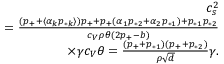
\begin{array} { r } { c _ { s } ^ { 2 } } \\ { = \frac { ( p _ { + } + \langle \alpha _ { k } p _ { * k } \rangle ) p _ { + } + p _ { + } ( \alpha _ { 1 } p _ { * 2 } + \alpha _ { 2 } p _ { * 1 } ) + p _ { * 1 } p _ { * 2 } } { c _ { V } \rho \theta ( 2 p _ { + } - b ) } } \\ { \times \gamma c _ { V } \theta = \frac { ( p _ { + } + p _ { * 1 } ) ( p _ { + } + p _ { * 2 } ) } { \rho \sqrt { d } } \gamma . } \end{array}